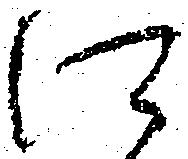
に